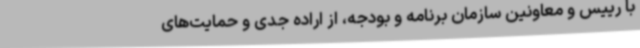
با رییس و معاونین سازمان برنامه و بودجه، از اراده جدی و حمایت‌های